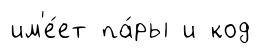
им'е́ет па́ры и код